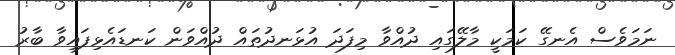
ނަމަވެސް އެނގޭ ކަމަކީ މާލޭގައި ދުއްވާ މިފަދަ އުޅަނދުތައް ދުއްވަން ކަނޑައެޅިފައިވާ ބާރު